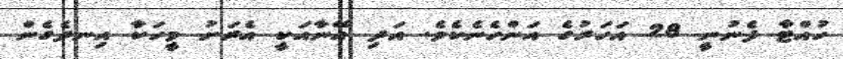
ހުއްޓާ ފެނުނީ 28 އަހަރުގެ އަންހެނެކެވެ. އަދި އޭނާއަކީ އެރަށު މީހަކާ އިނދެގެން